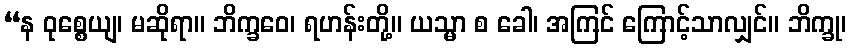
“န ဝုစ္စေယျ၊ မဆိုရာ။ ဘိက္ခဝေ၊ ရဟန်းတို့။ ယသ္မာ စ ခေါ၊ အကြင် ကြောင့်သာလျှင်။ ဘိက္ခု၊